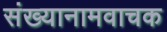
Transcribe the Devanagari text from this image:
संख्यानामवाचक